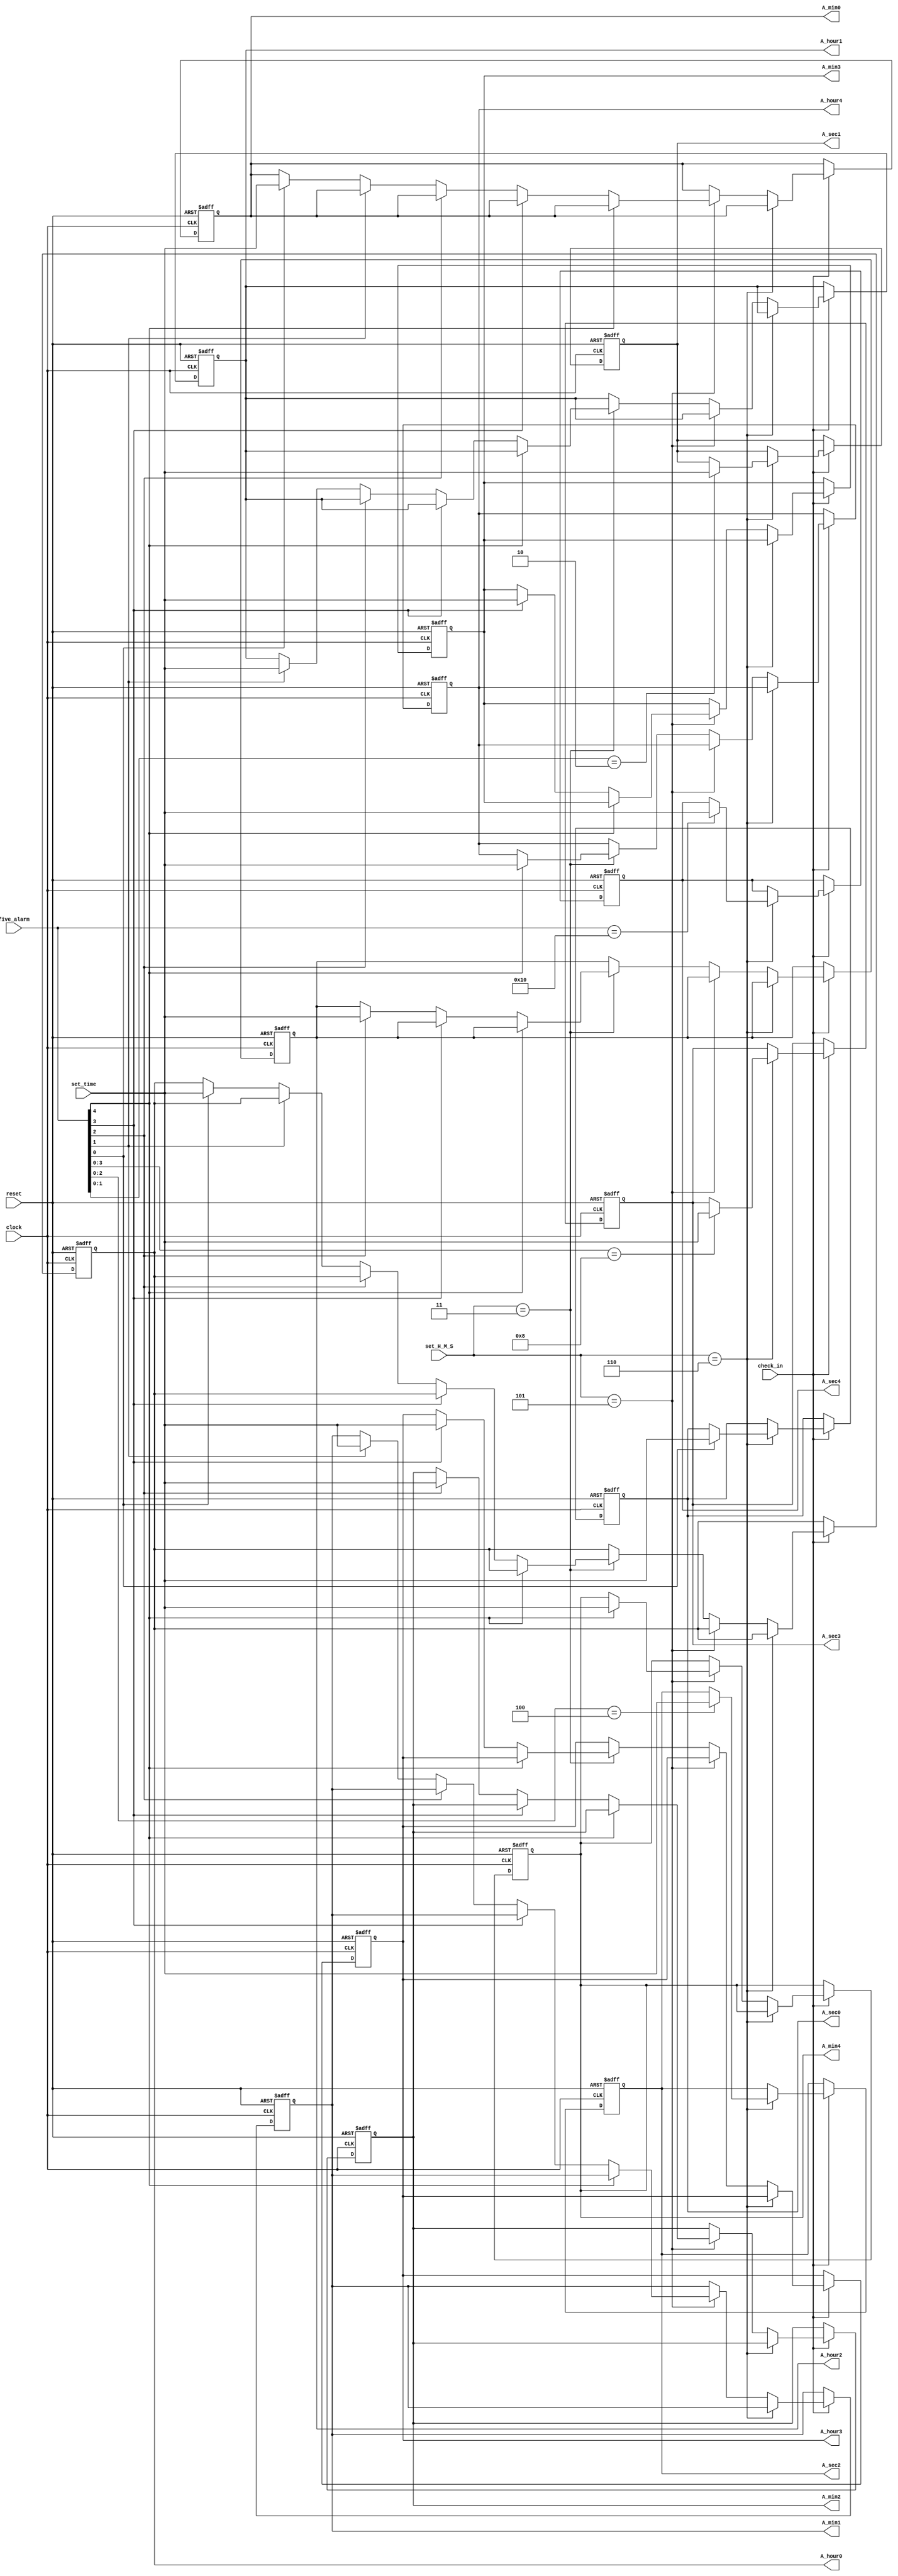
module save_input(output [7:0]A_hour0, output [7:0]A_hour1, output [7:0]A_hour2, output [7:0]A_hour3, output [7:0]A_hour4,
                  output [7:0]A_min0, output [7:0]A_min1, output [7:0]A_min2, output [7:0]A_min3, output [7:0]A_min4,
	               output [7:0]A_sec0, output [7:0]A_sec1, output [7:0]A_sec2, output [7:0]A_sec3, output [7:0]A_sec4, 
	               input [2:0]set_H_M_S,
	               input [7:0]set_time,
	               input [4:0]five_alarm,
	               input check_in,
						input reset,
						input clock);
    reg [7:0]r_A_hour[4:0];
    reg [7:0]r_A_min[4:0];
	 reg [7:0]r_A_sec[4:0];
	 
	 always @(posedge clock, posedge reset) begin
	   if(reset) begin
	      r_A_sec[0] <= 8'h0;
			r_A_sec[1] <= 8'h0;
			r_A_sec[2] <= 8'h0;
			r_A_sec[3] <= 8'h0;
			r_A_sec[4] <= 8'h0;
			r_A_min[0] <= 8'h0;
			r_A_min[1] <= 8'h0;
			r_A_min[2] <= 8'h0;
			r_A_min[3] <= 8'h0;
			r_A_min[4] <= 8'h0;
			r_A_hour[0] <= 8'h0;
			r_A_hour[1] <= 8'h0;
			r_A_hour[2] <= 8'h0;
			r_A_hour[3] <= 8'h0;
			r_A_hour[4] <= 8'h0;
	   end	
	   else if(check_in) begin
	       if(set_H_M_S == 3'b110) begin
		      casex(five_alarm)
				    5'b10000: r_A_sec[4] = set_time;
					 5'bx1000: r_A_sec[3] = set_time;
					 5'bxx100: r_A_sec[2] = set_time;
					 5'bxxx10: r_A_sec[1] = set_time;
					 5'bxxxx1: r_A_sec[0] = set_time;
				endcase
		    end
		    else if(set_H_M_S == 3'b101) begin
		       casex(five_alarm)
				    5'b1xxxx: r_A_min[4] = set_time;
					 5'bx1xxx: r_A_min[3] = set_time;
					 5'bxx1xx: r_A_min[2] = set_time;
					 5'bxxx1x: r_A_min[1] = set_time;
					 5'bxxxx1: r_A_min[0] = set_time;
				endcase
		    end
		    else if(set_H_M_S == 3'b011) begin
		      casex(five_alarm)
				    5'b1xxxx: r_A_hour[4] = set_time;
					 5'bx1xxx: r_A_hour[3] = set_time;
					 5'bxx1xx: r_A_hour[2] = set_time;
					 5'bxxx1x: r_A_hour[1] = set_time;
					 5'bxxxx1: r_A_hour[0] = set_time;
				endcase
		    end
		end 
	 end
	 assign A_hour0 = r_A_hour[0];
	 assign A_hour1 = r_A_hour[1];
	 assign A_hour2 = r_A_hour[2];
	 assign A_hour3 = r_A_hour[3];
	 assign A_hour4 = r_A_hour[4];
	 assign A_min0 = r_A_min[0];
	 assign A_min1 = r_A_min[1];
	 assign A_min2 = r_A_min[2];
	 assign A_min3 = r_A_min[3];
	 assign A_min4 = r_A_min[4];
	 assign A_sec0 = r_A_sec[0];
	 assign A_sec1 = r_A_sec[1];
	 assign A_sec2 = r_A_sec[2];
	 assign A_sec3 = r_A_sec[3];
	 assign A_sec4 = r_A_sec[4];
	 
endmodule